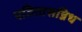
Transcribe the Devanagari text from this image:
पतितासन्निध